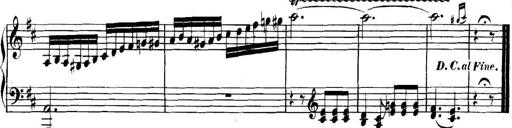
Title: Collected Piano Sonatas
Composer: Muzio Clementi